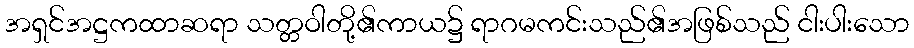
အရှင်အဋ္ဌကထာဆရာ သတ္တဝါတို့၏ကာယ၌ ရာဂမကင်းသည်၏အဖြစ်သည် ငါးပါးသော